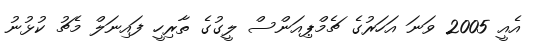
އެއީ 2005 ވަނަ އަހަރުގެ ޗެމްޕިއަންސް ލީގުގެ ތާރިހީ ފައިނަލް މެޗު ކުޅުނު